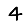
Digit: 4